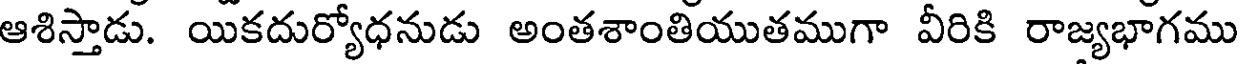
ఆశిస్తాడు. యికదుర్యోధనుడు అంతశాంతియుతముగా వీరికి రాజ్యభాగము